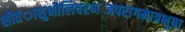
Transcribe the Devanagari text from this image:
शीतंाशुभौलिचरणब्जपरागमात्रभूषा